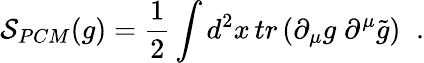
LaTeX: {\cal S}_{PCM}(g)={\frac{1}{2}}\int d^{2}x\, tr\left(\partial_{\mu}g\; \partial^{\mu}\tilde{g}\right)\; \; .